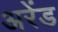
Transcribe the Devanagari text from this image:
अरेंड